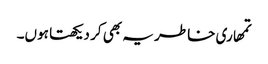
تمھاری خاطر یہ بھی کر دیکھتا ہوں۔